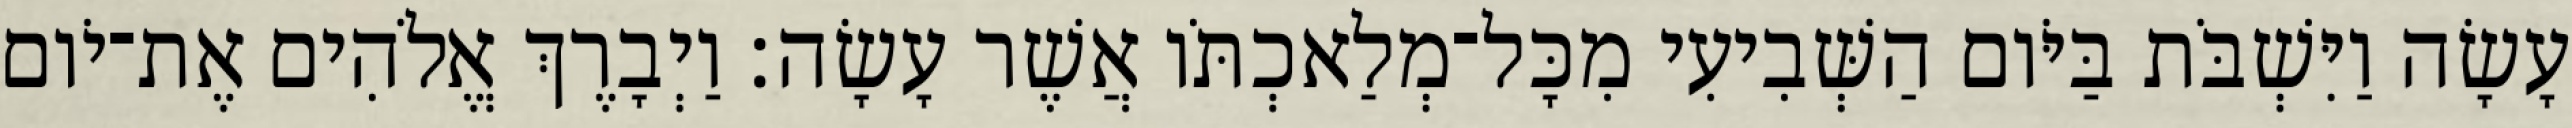
עָשָׂה וַיִּשְׁבֹּת בַּיֹּום הַשְּׁבִיעִי מִכָּל־מְלַאכְתֹּו אֲשֶׁר עָשָׂה׃ וַיְבָרֶךְ אֱלֹהִים אֶת־יֹום